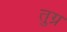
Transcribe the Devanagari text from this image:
तुग्र